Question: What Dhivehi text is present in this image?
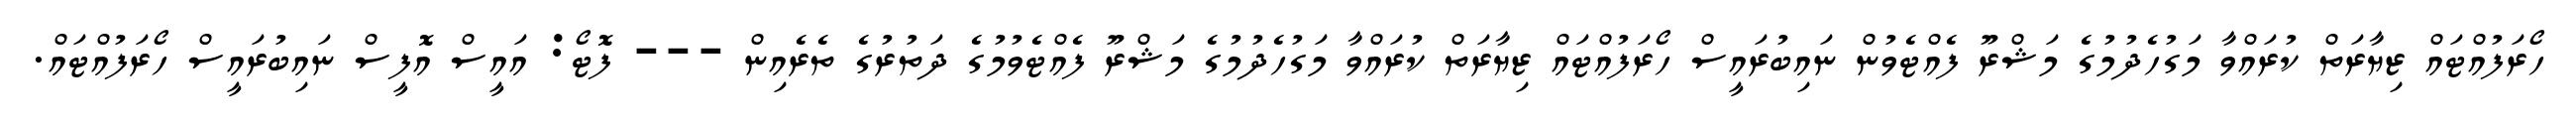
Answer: ހޯރަފުއްޓައް ޒިޔާރަތް ކުރައްވާ މަގުހެދުމުގެ މަޝްރޫ ފެއްޓެވުން ނައިބުރައީސް ހޯރަފުއްޓައް ޒިޔާރަތް ކުރައްވާ މަގުހެދުމުގެ މަޝްރޫ ފެއްޓެވުމުގެ ދަތުރުގެ ތެރެއިން --- ފޮޓޯ: އައީސް އޮފީސް ނައިބުރައީސް ހޯރަފުއްޓައް.